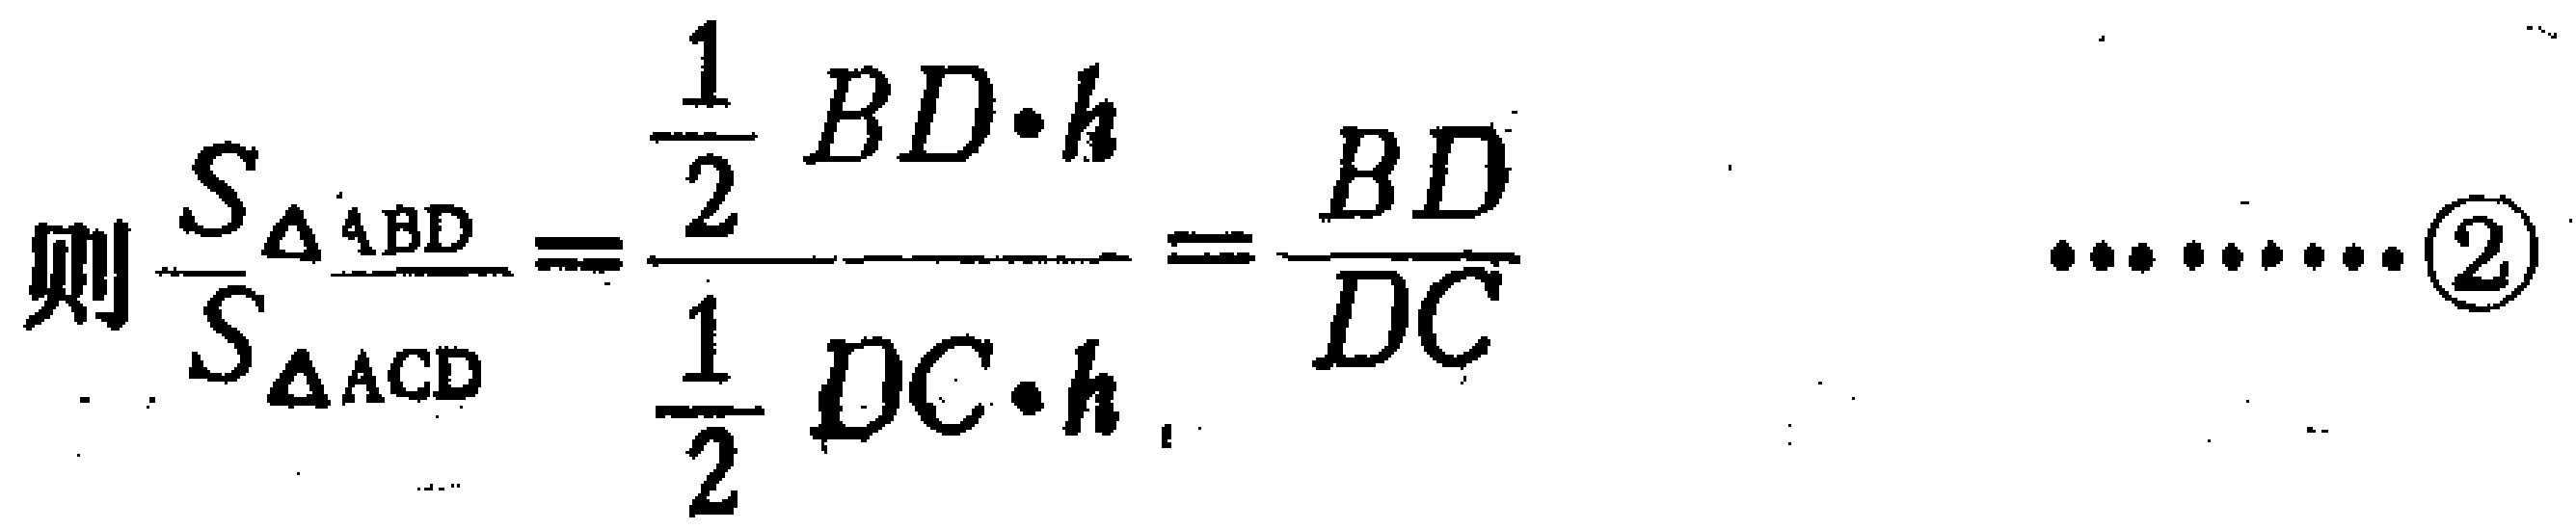
则\(\frac{S_{\triangle ABD}}{S_{\triangle ACD}} = \frac{\frac{1}{2} BD\cdot h}{\frac{1}{2} DC\cdot h} = \frac{BD}{DC}\ \ \ \ \ \ \ \ \ \ \ \ \ \ \ \ \ \ \ \ \ \ \ \ \ \ \ \ \ \ \ \ \ \ \ \ \ \ \ \ \ \ \ \ \ \ \ \ \ \ \ \ \ \ \ \ \ \ \ \ \ \ \ \ \ \ \ \ \ \ \ \ \ \ \ \ \ \ \ \ \ \ \ \ \ \ \ \ \ \ \ \ \ \ \ \ \ \ \ \ \ \ \ \ \ \ \ \ \ \ \ \ \ \ \ \ \ \ \ \ \ \ \ \ \ \ \ \ \ \ \ \ \ \ \ \ \ \ \ \ \ \ \ \ \ \ \ \ \ \ \ \ \ \ \ \ \ \ \ \ \ \ \ \ \ \ \ \ \ \ \ \ \ \ \ \ \ \ \ \ \ \ \ \ \ \ \ \ \ \ \ \ \ \ \ \ \ \ \ \ \ \ \ \ \ \ \ \ \ \ \ \ \ \ \ \ \ \ \ \ \ \ \ \ \ \ \ \ \ \ \ \ \ \ \ \ \ \ \ \ \ \ \ \ \ \ \ \ \ \ \ \ \ \ \ \ \ \ \ \ \ \ \ \ \ \ \ \ \ \ \ \ \ \ \ \ \ \ \ \ \ \ \ \ \ \ \ \ \ \ \ \ \ \ \ \ \ \ \ \ \ \ \ \ \ \ \ \ \ \ \ \ \ \ \ \ \ \ \ \ \ \ \ \ \ \ \ \ \ \ \ \ \ \ \ \ \ \ \ \ \ \ \ \ \ \ \ \ \ \ \ \ \ \ \ \ \ \ \ \ \ \ \ \ \ \ \ \ \ \ \ \ \ \ \ \ \ \ \ \ \ \ \ \ \ \ \ \ \ \ \ \ \ \ \ \ \ \ \ \ \ \ \ \ \ \ \ \ \ \ \ \ \ \ \ \ \ \ \ \ \ \ \ \ \ \ \ \ \ \ \ \ \ \ \ \ \ \ \ \ \ \ \ \ \ \ \ \ \ \ \ \ \ \ \ \ \ \ \ \ \ \ \ \ \ \ \ \ \ \ \ \ \ \ \ \ \ \ \ \ \ \ \ \ \ \ \ \ \ \ \ \ \ \ \ \ \ \ \ \ \ \ \ \ \ \ \ \ \ \ \ \ \ \ \ \ \ \ \ \ \ \ \ \ \ \ \ \ \ \ \ \ \ \ \ \ \ \ \ \ \ \ \ \ \ \ \ \ \ \ \ \ \ \ \ \ \ \ \ \ \ \ \ \ \ \ \ \ \ \ \ \ \ \ \ \ \ \ \ \ \ \ \ \ \ \ \ \ \ \ \ \ \ \ \ \ \ \ \ \ \ \ \ \ \ \ \ \ \ \ \ \ \ \ \ \ \ \ \ \ \ \ \ \ \ \ \ \ \ \ \ \ \ \ \ \ \ \ \ \ \ \ \ \ \ \ \ \ \ \ \ \ \ \ \ \ \ \ \ \ \ \ \ \ \ \ \ \ \ \ \ \ \ \ \ \ \ \ \ \ \ \ \ \ \ \ \ \ \ \ \ \ \ \ \ \ \ \ \ \ \ \ \ \ \ \ \ \ \ \ \ \ \ \ \ \ \ \ \ \ \ \ \ \ \ \ \ \ \ \ \ \ \ \ \ \ \ \ \ \ \ \ \ \ \ \ \ \ \ \ \ \ \ \ \ \ \ \ \ \ \ \ \ \ \ \ \ \ \ \ \ \ \ \ \ \ \ \ \ \ \ \ \ \ \ \ \ \ \ \ \ \ \ \ \ \ \ \ \ \ \ \ \ \ \ \ \ \ \ \ \ \ \ \ \ \ \ \ \ \ \ \ \ \ \ \ \ \ \ \ \ \ \ \ \ \ \ \ \ \ \ \ \ \ \ \ \ \ \ \ \ \ \ \ \ \ \ \ \ \ \ \ \ \ \ \ \ \ \ \ \ \ \ \ \ \ \ \ \ \ \ \ \ \ \ \ \ \ \ \ \ \ \ \ \ \ \ \ \ \ \ \ \ \ \ \ \ \ \ \ \ \ \ \ \ \ \ \ \ \ \ \ \ \ \ \ \ \ \ \ \ \ \ \ \ \ \ \ \ \ \ \ \ \ \ \ \ \ \ \ \ \ \ \ \ \ \ \ \ \ \ \ \ \ \ \ \ \ \ \ \ \ \ \ \ \ \ \ \ \ \ \ \ \ \ \ \ \ \ \ \ \ \ \ \ \ \ \ \ \ \ \ \ \ \ \ \ \ \ \ \ \ \ \ \ \ \ \ \ \ \ \ \ \ \ \ \ \ \ \ \ \ \ \ \ \ \ \ \ \ \ \ \ \ \ \ \ \ \ \ \ \ \ \ \ \ \ \ \ \ \ \ \ \ \ \ \ \ \ \ \ \ \ \ \ \ \ \ \ \ \ \ \ \ \ \ \ \ \ \ \ \ \ \ \ \ \ \ \ \ \ \ \ \ \ \ \ \ \ \ \ \ \ \ \ \ \ \ \ \ \ \ \ \ \ \ \ \ \ \ \ \ \ \ \ \ \ \ \ \ \ \ \ \ \ \ \ \ \ \ \ \ \ \ \ \ \ \ \ \ \ \ \ \ \ \ \ \ \ \ \ \ \ \ \ \ \ \ \ \ \ \ \ \ \ \ \ \ \ \ \ \ \ \ \ \ \ \ \ \ \ \ \ \ \ \ \ \ \ \ \ \ \ \ \ \ \ \ \ \ \ \ \ \ \ \ \ \ \ \ \ \ \ \ \ \ \ \ \ \ \ \ \ \ \ \ \ \ \ \ \ \ \ \ \ \ \ \ \ \ \ \ \ \ \ \ \ \ \ \ \ \ \ \ \ \ \ \ \ \ \ \ \ \ \ \ \ \ \ \ \ \ \ \ \ \ \ \ \ \ \ \ \ \ \ \ \ \ \ \ \ \ \ \ \ \ \ \ \ \ \ \ \ \ \ \ \ \ \ \ \ \ \ \ \ \ \ \ \ \ \ \ \ \ \ \ \ \ \ \ \ \ \ \ \ \ \ \ \ \ \ \ \ \ \ \ \ \ \ \ \ \ \ \ \ \ \ \ \ \ \ \ \ \ \ \ \ \ \ \ \ \ \ \ \ \ \ \ \ \ \ \ \ \ \ \ \ \ \ \ \ \ \ \ \ \ \ \ \ \ \ \ \ \ \ \ \ \ \ \ \ \ \ \ \ \ \ \ \ \ \ \ \ \ \ \ \ \ \ \ \ \ \ \ \ \ \ \ \ \ \ \ \ \ \ \ \ \ \ \ \ \ \ \ \ \ \ \ \ \ \ \ \ \ \ \ \ \ \ \ \ \ \ \ \ \ \ \ \ \ \ \ \ \ \ \ \ \ \ \ \ \ \ \ \ \ \ \ \ \ \ \ \ \ \ \ \ \ \ \ \ \ \ \ \ \ \ \ \ \ \ \ \ \ \ \ \ \ \ \ \ \ \ \ \ \ \ \ \ \ \ \ \ \ \ \ \ \ \ \ \ \ \ \ \ \ \ \ \ \ \ \ \ \ \ \ \ \ \ \ \ \ \ \ \ \ \ \ \ \ \ \ \ \ \ \ \ \ \ \ \ \ \ \ \ \ \ \ \ \ \ \ \ \ \ \ \ \ \ \ \ \ \ \ \ \ \ \ \ \ \ \ \ \ \ \ \ \ \ \ \ \ \ \ \ \ \ \ \ \ \ \ \ \ \ \ \ \ \ \ \ \ \ \ \ \ \ \ \ \ \ \ \ \ \ \ \ \ \ \ \ \ \ \ \ \ \ \ \ \ \ \ \ \ \ \ \ \ \ \ \ \ \ \ \ \ \ \ \ \ \ \ \ \ \ \ \ \ \ \ \ \ \ \ \ \ \ \ \ \ \ \ \ \ \ \ \ \ \ \ \ \ \ \ \ \ \ \ \ \ \ \ \ \ \ \ \ \ \ \ \ \ \ \ \ \ \ \ \ \ \ \ \ \ \ \ \ \ \ \ \ \ \ \ \ \ \ \ \ \ \ \ \ \ \ \ \ \ \ \ \ \ \ \ \ \ \ \ \ \ \ \ \ \ \ \ \ \ \ \ \ \ \ \ \ \ \ \ \ \ \ \ \ \ \ \ \ \ \ \ \ \ \ \ \ \ \ \ \ \ \ \ \ \ \ \ \ \ \ \ \ \ \ \ \ \ \ \ \ \ \ \ \ \ \ \ \ \ \ \ \ \ \ \ \ \ \ \ \ \ \ \ \ \ \ \ \ \ \ \ \ \ \ \ \ \ \ \ \ \ \ \ \ \ \ \ \ \ \ \ \ \ \ \ \ \ \ \ \ \ \ \ \ \ \ \ \ \ \ \ \ \ \ \ \ \ \ \ \ \ \ \ \ \ \ \ \ \ \ \ \ \ \ \ \ \ \ \ \ \ \ \ \ \ \ \ \ \ \ \ \ \ \ \ \ \ \ \ \ \ \ \ \ \ \ \ \ \ \ \ \ \ \ \ \ \ \ \ \ \ \ \ \ \ \ \ \ \ \ \ \ \ \ \ \ \ \ \ \ \ \ \ \ \ \ \ \ \ \ \ \ \ \ \ \ \ \ \ \ \ \ \ \ \ \ \ \ \ \ \ \ \ \ \ \ \ \ \ \ \ \ \ \ \ \ \ \ \ \ \ \ \ \ \ \ \ \ \ \ \ \ \ \ \ \ \ \ \ \ \ \ \ \ \ \ \ \ \ \ \ \ \ \ \ \ \ \ \ \ \ \ \ \ \ \ \ \ \ \ \ \ \ \ \ \ \ \ \ \ \ \ \ \ \ \ \ \ \ \ \ \ \ \ \ \ \ \ \ \ \ \ \ \ \ \ \ \ \ \ \ \ \ \ \ \ \ \ \ \ \ \ \ \ \ \ \ \ \ \ \ \ \ \ \ \ \ \ \ \ \ \ \ \ \ \ \ \ \ \ \ \ \ \ \ \ \ \ \ \ \ \ \ \ \ \ \ \ \ \ \ \ \ \ \ \ \ \ \ \ \ \ \ \ \ \ \ \ \ \ \ \ \ \ \ \ \ \ \ \ \ \ \ \ \ \ \ \ \ \ \ \ \ \ \ \ \ \ \ \ \ \ \ \ \ \ \ \ \ \ \ \ \ \ \ \ \ \ \ \ \ \ \ \ \ \ \ \ \ \ \ \ \ \ \ \ \ \ \ \ \ \ \ \ \ \ \ \ \ \ \ \ \ \ \ \ \ \ \ \ \ \ \ \ \ \ \ \ \ \ \ \ \ \ \ \ \ \ \ \ \ \ \ \ \ \ \ \ \ \ \ \ \ \ \ \ \ \ \ \ \ \ \ \ \ \ \ \ \ \ \ \ \ \ \ \ \ \ \ \ \ \ \ \ \ \ \ \ \ \ \ \ \ \ \ \ \ \ \ \ \ \ \ \ \ \ \ \ \ \ \ \ \ \ \ \ \ \ \ \ \ \ \ \ \ \ \ \ \ \ \ \ \ \ \ \ \ \ \ \ \ \ \ \ \ \ \ \ \ \ \ \ \ \ \ \ \ \ \ \ \ \ \ \ \ \ \ \ \ \ \ \ \ \ \ \ \ \ \ \ \ \ \ \ \ \ \ \ \ \ \ \ \ \ \ \ \ \ \ \ \ \ \ \ \ \ \ \ \ \ \ \ \ \ \ \ \ \ \ \ \ \ \ \ \ \ \ \ \ \ \ \ \ \ \ \ \ \ \ \ \ \ \ \ \ \ \ \ \ \ \ \ \ \ \ \ \ \ \ \ \ \ \ \ \ \ \ \ \ \ \ \ \ \ \ \ \ \ \ \ \ \ \ \ \ \ \ \ \ \ \ \ \ \ \ \ \ \ \ \ \ \ \ \ \ \ \ \ \ \ \ \ \ \ \ \ \ \ \ \ \ \ \ \ \ \ \ \ \ \ \ \ \ \ \ \ \ \ \ \ \ \ \ \ \ \ \ \ \ \ \ \ \ \ \ \ \ \ \ \ \ \ \ \ \ \ \ \ \ \ \ \ \ \ \ \ \ \ \ \ \ \ \ \ \ \ \ \ \ \ \ \ \ \ \ \ \ \ \ \ \ \ \ \ \ \ \ \ \ \ \ \ \ \ \ \ \ \ \ \ \ \ \ \ \ \ \ \ \ \ \ \ \ \ \ \ \ \ \ \ \ \ \ \ \ \ \ \ \ \ \ \ \ \ \ \ \ \ \ \ \ \ \ \ \ \ \ \ \ \ \ \ \ \ \ \ \ \ \ \ \ \ \ \ \ \ \ \ \ \ \ \ \ \ \ \ \ \ \ \ \ \ \ \ \ \ \ \ \ \ \ \ \ \ \ \ \ \ \ \ \ \ \ \ \ \ \ \ \ \ \ \ \ \ \ \ \ \ \ \ \ \ \ \ \ \ \ \ \ \ \ \ \ \ \ \ \ \ \ \ \ \ \ \ \ \ \ \ \ \ \ \ \ \ \ \ \ \ \ \ \ \ \ \ \ \ \ \ \ \ \ \ \ \ \ \ \ \ \ \ \ \ \ \ \ \ \ \ \ \ \ \ \ \ \ \ \ \ \ \ \ \ \ \ \ \ \ \ \ \ \ \ \ \ \ \ \ \ \ \ \ \ \ \ \ \ \ \ \ \ \ \ \ \ \ \ \ \ \ \ \ \ \ \ \ \ \ \ \ \ \ \ \ \ \ \ \ \ \ \ \ \ \ \ \ \ \ \ \ \ \ \ \ \ \ \ \ \ \ \ \ \ \ \ \ \ \ \ \ \ \ \ \ \ \ \ \ \ \ \ \ \ \ \ \ \ \ \ \ \ \ \ \ \ \ \ \ \ \ \ \ \ \ \ \ \ \ \ \ \ \ \ \ \ \ \ \ \ \ \ \ \ \ \ \ \ \ \ \ \ \ \ \ \ \ \ \ \ \ \ \ \ \ \ \ \ \ \ \ \ \ \ \ \ \ \ \ \ \ \ \ \ \ \ \ \ \ \ \ \ \ \ \ \ \ \ \ \ \ \ \ \ \ \ \ \ \ \ \ \ \ \ \ \ \ \ \ \ \ \ \ \ \ \ \ \ \ \ \ \ \ \ \ \ \ \ \ \ \ \ \ \ \ \ \ \ \ \ \ \ \ \ \ \ \ \ \ \ \ \ \ \ \ \ \ \ \ \ \ \ \ \ \ \ \ \ \ \ \ \ \ \ \ \ \ \ \ \ \ \ \ \ \ \ \ \ \ \ \ \ \ \ \ \ \ \ \ \ \ \ \ \ \ \ \ \ \ \ \ \ \ \ \ \ \ \ \ \ \ \ \ \ \ \ \ \ \ \ \ \ \ \ \ \ \ \ \ \ \ \ \ \ \ \ \ \ \ \ \ \ \ \ \ \ \ \ \ \ \ \ \ \ \ \ \ \ \ \ \ \ \ \ \ \ \ \ \ \ \ \ \ \ \ \ \ \ \ \ \ \ \ \ \ \ \ \ \ \ \ \ \ \ \ \ \ \ \ \ \ \ \ \ \ \ \ \ \ \ \ \ \ \ \ \ \ \ \ \ \ \ \ \ \ \ \ \ \ \ \ \ \ \ \ \ \ \ \ \ \ \ \ \ \ \ \ \ \ \ \ \ \ \ \ \ \ \ \ \ \ \ \ \ \ \ \ \ \ \ \ \ \ \ \ \ \ \ \ \ \ \ \ \ \ \ \ \ \ \ \ \ \ \ \ \ \ \ \ \ \ \ \ \ \ \ \ \ \ \ \ \ \ \ \ \ \ \ \ \ \ \ \ \ \ \ \ \ \ \ \ \ \ \ \ \ \ \ \ \ \ \ \ \ \ \ \ \ \ \ \ \ \ \ \ \ \ \ \ \ \ \ \ \ \ \ \ \ \ \ \ \ \ \ \ \ \ \ \ \ \ \ \ \ \ \ \ \ \ \ \ \ \ \ \ \ \ \ \ \ \ \ \ \ \ \ \ \ \ \ \ \ \ \ \ \ \ \ \ \ \ \ \ \ \ \ \ \ \ \ \ \ \ \ \ \ \ \ \ \ \ \ \ \ \ \ \ \ \ \ \ \ \ \ \ \ \ \ \ \ \ \ \ \ \ \ \ \ \ \ \ \ \ \ \ \ \ \ \ \ \ \ \ \ \ \ \ \ \ \ \ \ \ \ \ \ \ \ \ \ \ \ \ \ \ \ \ \ \ \ \ \ \ \ \ \ \ \ \ \ \ \ \ \ \ \ \ \ \ \ \ \ \ \ \ \ \ \ \ \ \ \ \ \ \ \ \ \ \ \ \ \ \ \ \ \ \ \ \ \ \ \ \ \ \ \ \ \ \ \ \ \ \ \ \ \ \ \ \ \ \ \ \ \ \ \ \ \ \ \ \ \ \ \ \ \ \ \ \ \ \ \ \ \ \ \ \ \ \ \ \ \ \ \ \ \ \ \ \ \ \ \ \ \ \ \ \ \ \ \ \ \ \ \ \ \ \ \ \ \ \ \ \ \ \ \ \ \ \ \ \ \ \ \ \ \ \ \ \ \ \ \ \ \ \ \ \ \ \ \ \ \ \ \ \ \ \ \ \ \ \ \ \ \ \ \ \ \ \ \ \ \ \ \ \ \ \ \ \ \ \ \ \ \ \ \ \ \ \ \ \ \ \ \ \ \ \ \ \ \ \ \ \ \ \ \ \ \ \ \ \ \ \ \ \ \ \ \ \ \ \ \ \ \ \ \ \ \ \ \ \ \ \ \ \ \ \ \ \ \ \ \ \ \ \ \ \ \ \ \ \ \ \ \ \ \ \ \ \ \ \ \ \ \ \ \ \ \ \ \ \ \ \ \ \ \ \ \ \ \ \ \ \ \ \ \ \ \ \ \ \ \ \ \ \ \ \ \ \ \ \ \ \ \ \ \ \ \ \ \ \ \ \ \ \ \ \ \ \ \ \ \ \ \ \ \ \ \ \ \ \ \ \ \ \ \ \ \ \ \ \ \ \ \ \ \ \ \ \ \ \ \ \ \ \ \ \ \ \ \ \ \ \